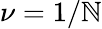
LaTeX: \nu=1/\mathbb{N}